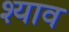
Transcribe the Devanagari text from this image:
श्याव